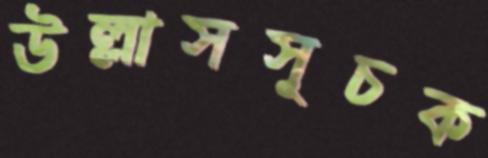
উল্লাসসূচক